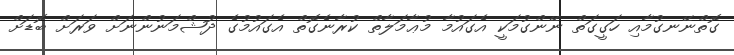
ގޮތްނޭނގުމާއި ހަގީގަތް ނޭންގުމަކީ އެގައުމާ މުޢާމަލާތް ކުރާނެގޮތް އެގައުމުގެ ދުޝްމަނުންނަށް ވަރަށް ބޮޑަށް